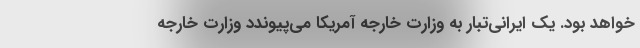
خواهد بود. یک ایرانی‌تبار به وزارت خارجه آمریکا می‌پیوندد وزارت خارجه